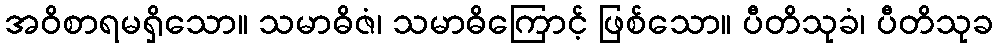
အဝိစာရမရှိသော။ သမာဓိဇံ၊ သမာဓိကြောင့် ဖြစ်သော။ ပီတိသုခံ၊ ပီတိသုခ